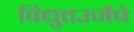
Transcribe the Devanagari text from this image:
विद्युतउर्जेचे